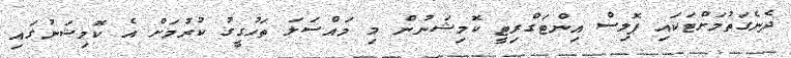
ދެނެގަތުމަށްޓަކައި ޕޮލިސް އިންޓަގްރިޓީ ކޮމިޝަނުން މި މައްސަލަ ތަހުގީގު ކުރުމަށް އެ ކޮމިޝަނުގައި